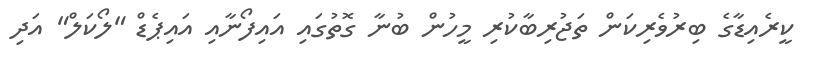
ކީރެއިޑާގެ ބިރުވެރިކަން ތަޖުރިބާކުރި މީހުން ބުނާ ގޮތުގައި އައިފޯނާއި އައިޕެޑް "ލޯކަލް" އަދި